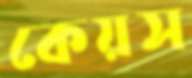
কেয়স